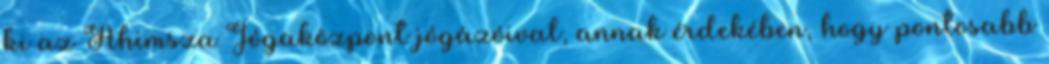
ki az Ahimsza Jógaközpont jógázóival, annak érdekében, hogy pontosabb